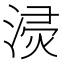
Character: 𱧪